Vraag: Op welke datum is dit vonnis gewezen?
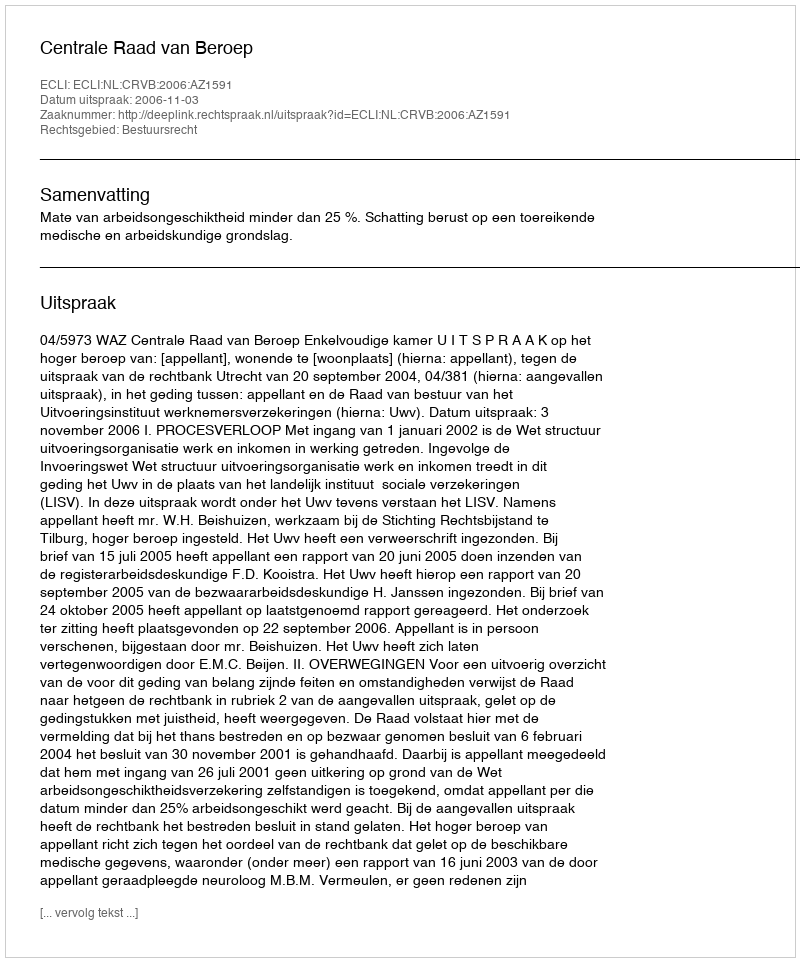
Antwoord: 2006-11-03